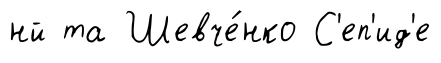
нй та Шевче́нко С'еп'ид'е